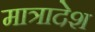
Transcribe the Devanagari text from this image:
मात्रादेश